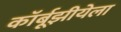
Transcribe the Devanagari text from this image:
कॉर्बूझीयेला